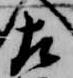
左